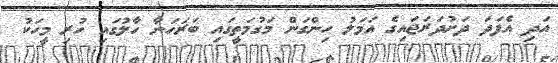
އަދި އެފަދަ ދަށުދަރަޖައިގެ އަމަލު ހިންގަން މަގުމަތީގައި ބަރަހަނާ ހާލުގައި ހުރި މީހަކު